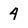
Character: 4